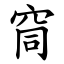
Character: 䆚